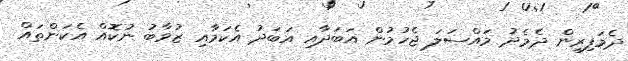
ދެމަފިރިން ދެމެދު މައްސަލަ ޖެހުމުން އަބަދާއި އަބަދު އެކަމާއި ޒުވާބު ނުކޮއް އެކަންތައް